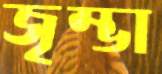
জৃম্ভা